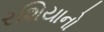
રશિયાનો